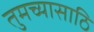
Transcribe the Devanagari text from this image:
तुमच्यासाठि